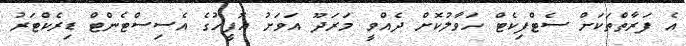
އެ ފަރާތްތަކަށް ސެޓްފިކެޓް ހަވާލުކޮށް ދެއްވީ މަރަދޫ އަވަށު އޮފީހުގެ އެސިސްޓެންޓް ޑިރެކްޓަރު